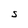
Character: S